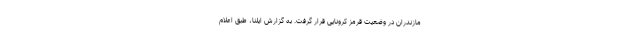
مازندران در وضعیت قرمز کرونایی قرار گرفت. به گزارش ایلنا، طبق اعلام